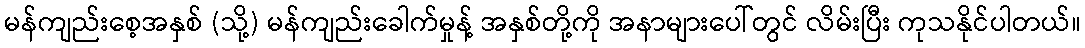
မန်ကျည်းစေ့အနှစ် (သို့) မန်ကျည်းခေါက်မှုန့် အနှစ်တို့ကို အနာများပေါ်တွင် လိမ်းပြီး ကုသနိုင်ပါတယ်။